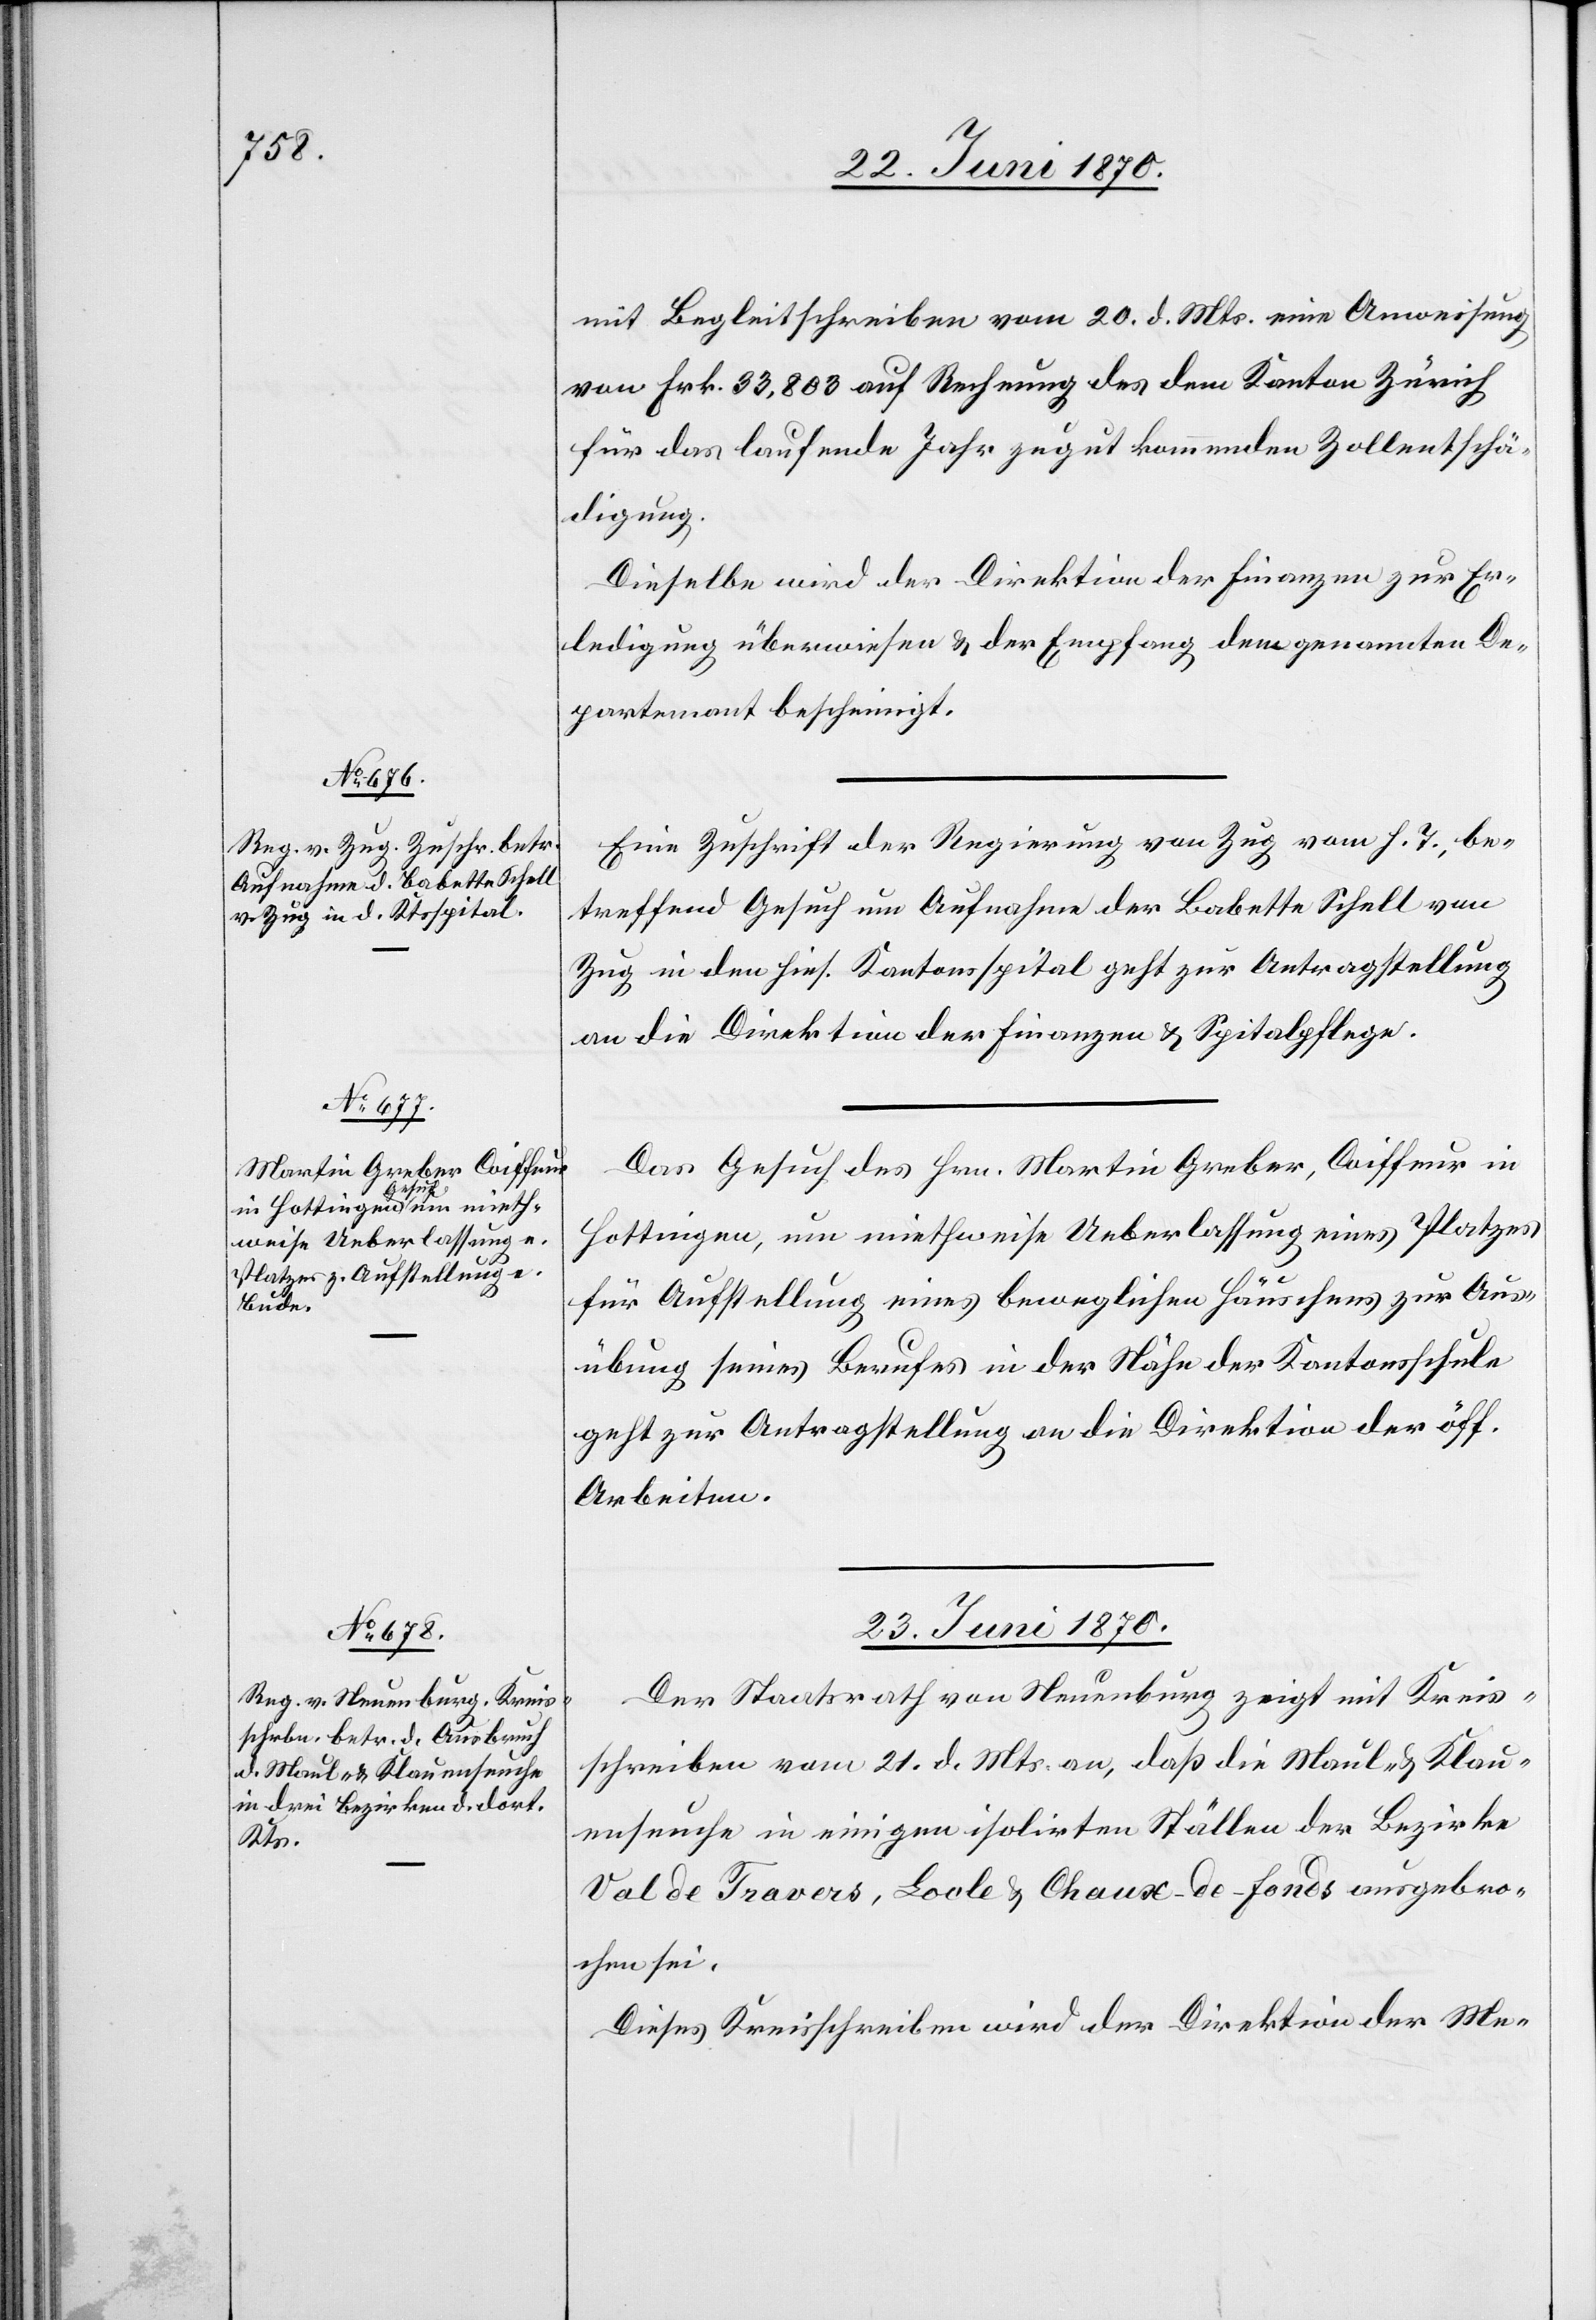
mit Begleitschreiben vom 20. d. Mts. eine Anweisung
von Frk. 33,803 auf Rechnung des dem Kanton Zürich
für das laufende Jahr zugut kommenden Zollentschä¬
digung.
Dieselbe wird der Direktion der Finanzen zur Er¬
ledigung überwiesen & der Empfang dem genannten De¬
partement bescheinigt.
Eine Zuschrift der Regierung von Zug vom h. T., be¬
treffend Gesuch um Aufnahme der Babette Schell von
Zug in den hies. Kantonsspital geht zur Antragstellung
an die Direktion der Finanzen & Spitalpflege.
Das Gesuch des Hrn. Martin Greber, Coiffeur in
Hottingen, um miethweise Ueberlassung eines Platzes
für Aufstellung eines beweglichen Häuschens zur Aus¬
übung seines Berufes in der Nähe der Kantonsschule
geht zur Antragstellung an die Direktion der öff.
Arbeiten.
23. Juni 1870.
Der Staatsrath von Neuenburg zeigt mit Kreis¬
schreiben vom 21. d. Mts. an, daß die Maul- & Klau¬
enseuche in einigen isolirten Ställen der Bezirke
Val de Travers, Locle & Chaux-de-Fonds ausgebro¬
chen sei.
Dieses Kreisschreiben wird der Direktion der Me-